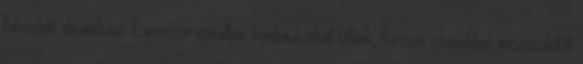
fokozódó dinamikája. Egészen váratlan kombinációkat látunk, furcsa elemekkel megszakított